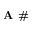
\textbf { A \# }